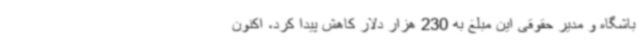
باشگاه و مدیر حقوقی این مبلغ به 230 هزار دلار کاهش پیدا کرد، اکنون